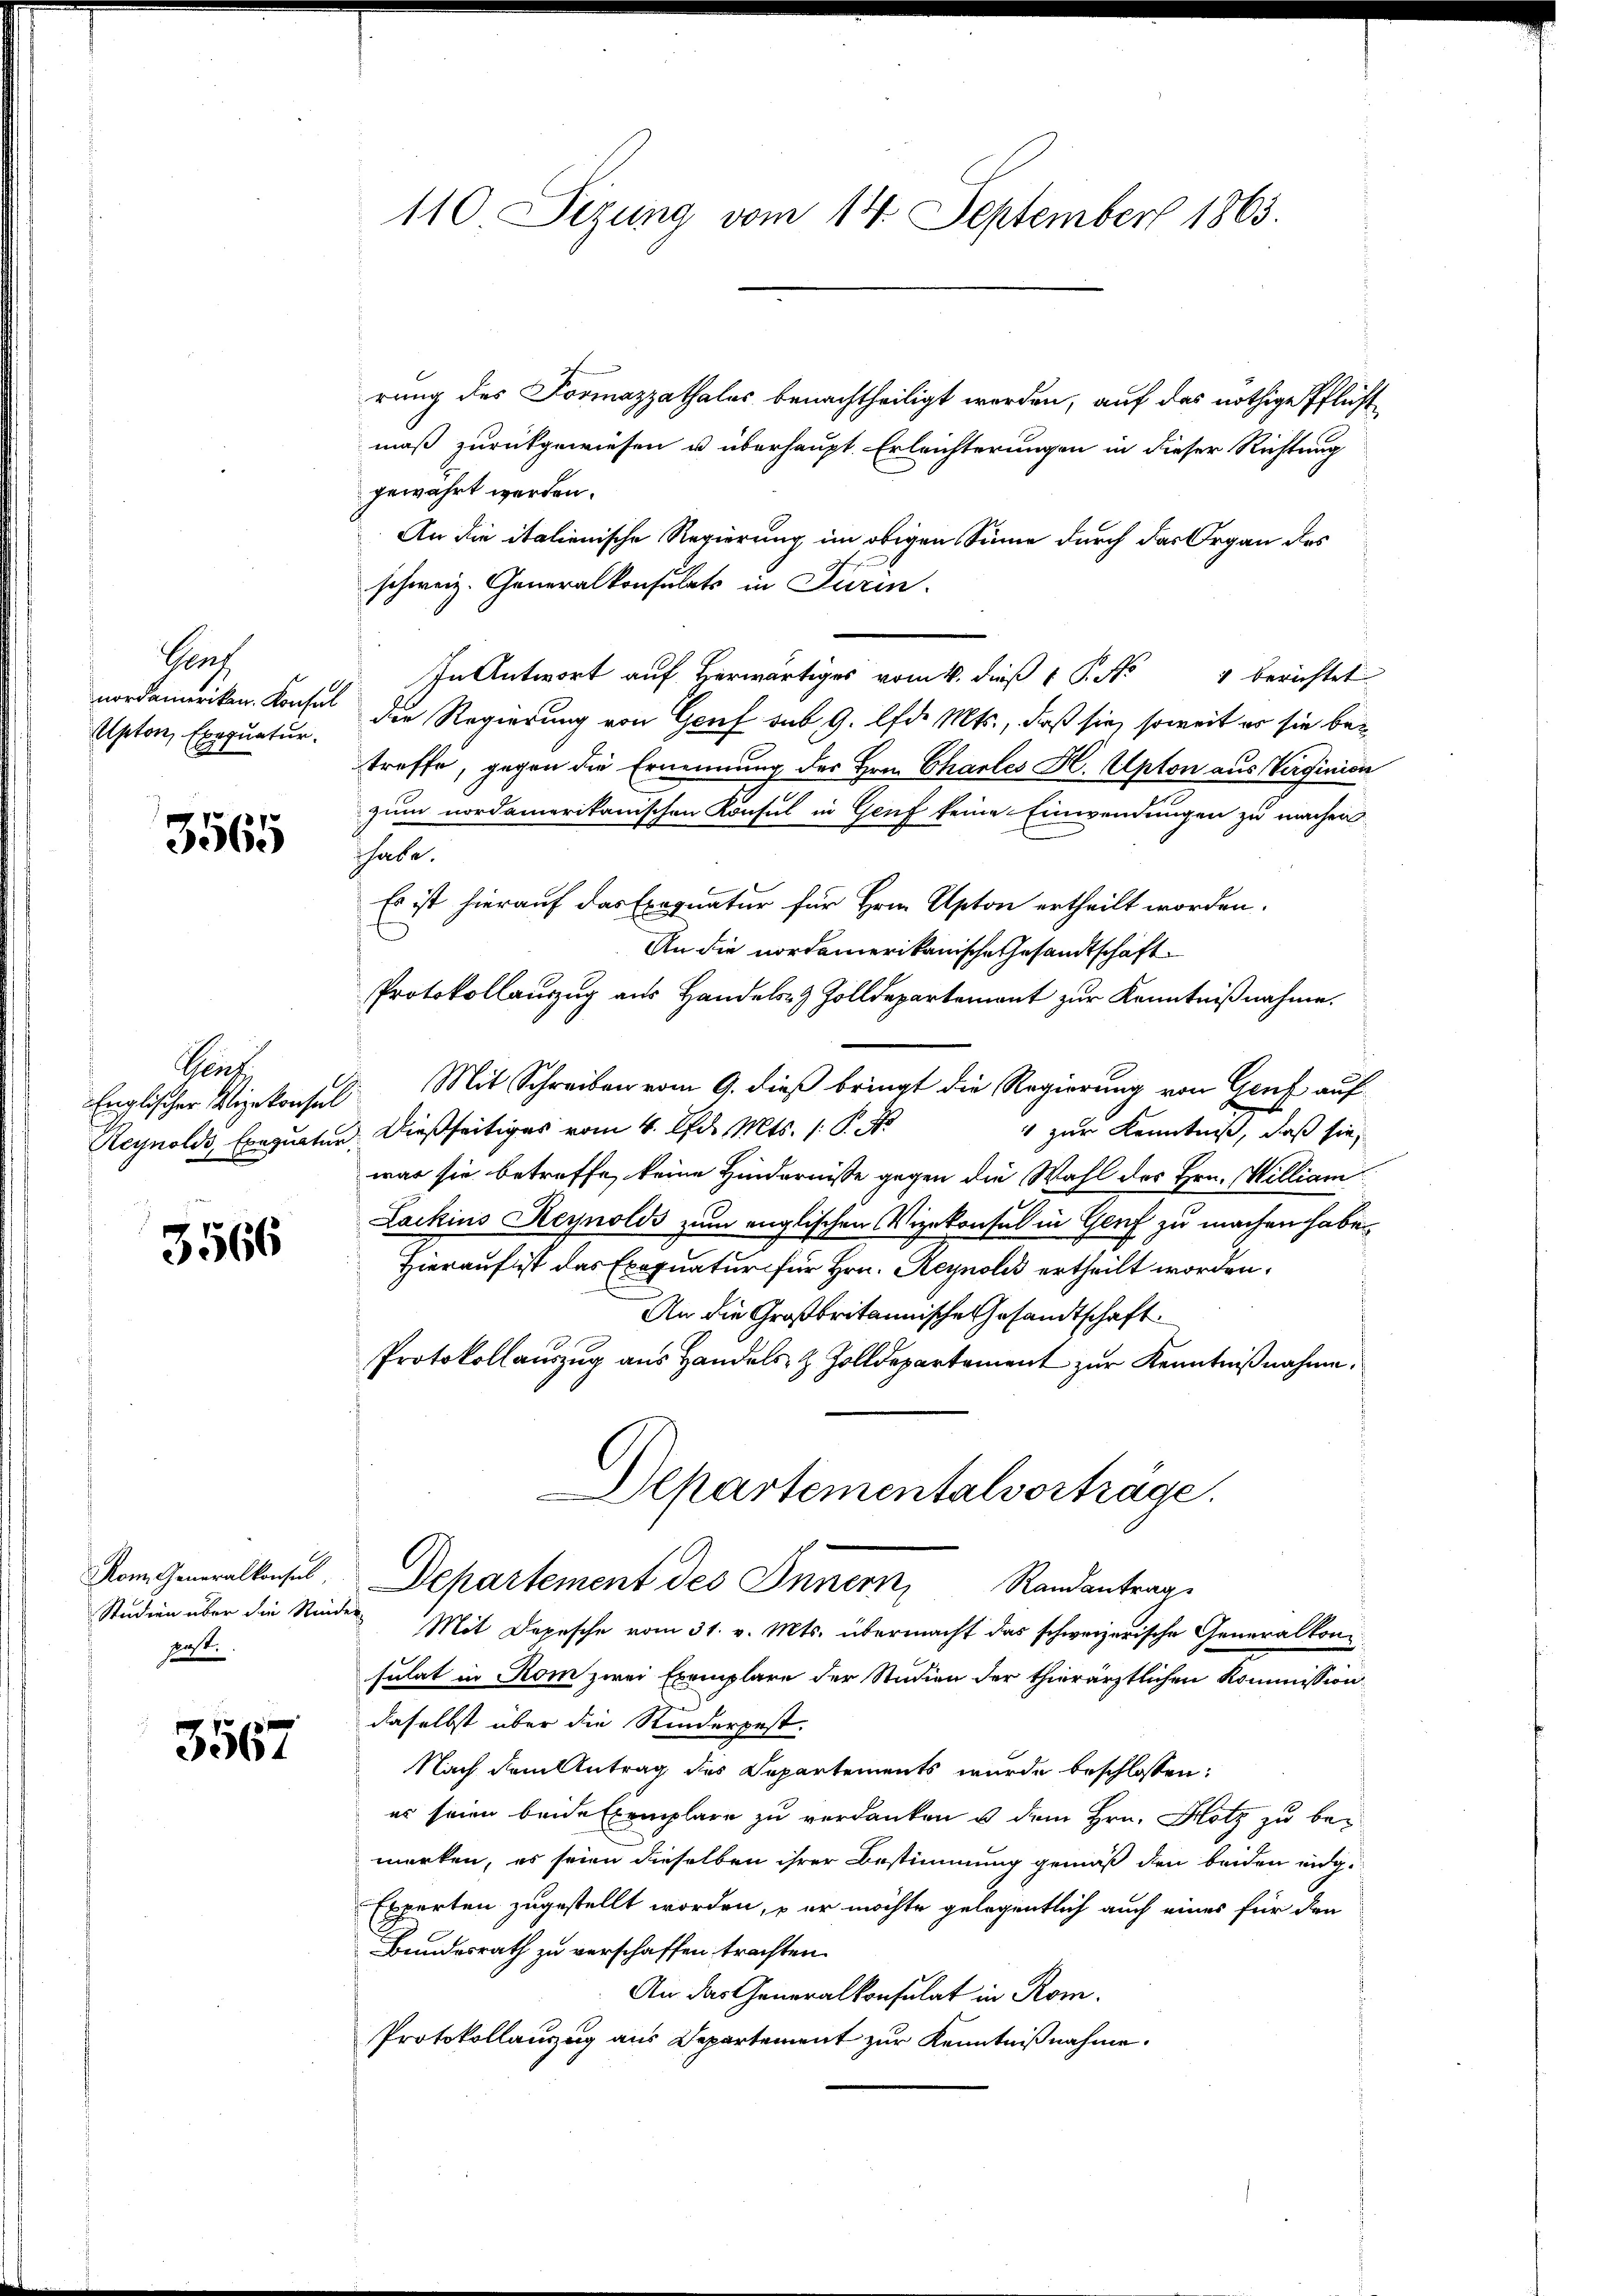
110. Sizung vom 14. September 1863.

rung des Formazzathales benachtheiligt werden, auf das nöthige Pflicht
mäß zurückgewiesen u überhaupt Erleichterungen in dieser Richtung
gewahrt werden.
An die italienische Regierung im obigen Sinne durch das Organ des
schweiz. Generalkonsulats in Turin.
In Antwort auf Herwärtiges vom 4. dieß 1 S. No 4 berichtet
nordameriken. Konsul die Regierung von Genf sub 9. lfd. Mts., daß sie, soweit er sie betreffe, gegen die Ernennung des Hrn. Chartes H. Apton aus Verginien
zum nordamerikanischen Konsul in Genf keine Einwendungen zu machen.
habe.
Es ist hierauf das Exequatur für Hrn. Apton ertheilt worden.
An die nordamerikanische Gesandtschaft
Protokollauszug aus Handels- & Zolldepartemont zur Kenntnißnahme.
Englischer Vizekonsul Mit Schreiben vom 9. dieß bringt die Regierung von Genf auf
1 zur Kenntniß, daß sie,
Aeynolds, Exequatur dießseitiges vom 4. Apr. Mts. 1. P. J.
war sie betreffe, keine Hindernisse gegen die Wahl des Hrn. William
Lackins Reynolds zum englischen Vizekonsul in Genf zu machen haben,
Hierauf ist das Exequatur für Hrn. Reynobis ertheilt worden.
An die Großbritannische Gesandtschaft.
Protokollauszug aus Handels- & Zolldepartement zur Kenntnißnahme.
Departementalvorträge.

Joach
Apton, Exequatur.

3565

Sins

3566

Departement des Innern, Randantrage

Kom. Generalkonsul
Studien über die Rinder
post.

Mit Depesche vom 31. v. Mts. übermacht das schweizerische Generalkonsulat in Rom zwei Exemplare der Studien der thierärztlichen Kommission
daselbst über die Kinderpest.
Nach dem Antrag des Departements wurde beschlossen:
er seien beide Exemplare zu verdanken u dem Hrn. Hotz zu bemerken, es seien dieselben ihrer Bestimmung gemäß den beiden eidg.
Experten zugestellt worden, – er möchte gelegentlich auch eines für den
Bundesrath zu verschaffen trachten.
An das Generalkonsulat in Rom.
Protokollauzug aus Departement zur Kenntnißnahme.

3567